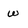
Character: w